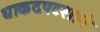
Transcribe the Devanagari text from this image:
धाकदपटशाने